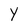
Character: y